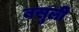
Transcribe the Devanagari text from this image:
बसुली